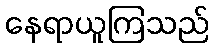
နေရာယူကြသည်